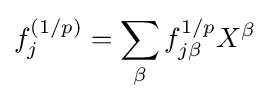
f_{j}^{(1/p)}=\sum _{\beta }f_{j\beta }^{1/p}X^{\beta }